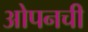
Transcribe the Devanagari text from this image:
ओपनची